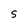
Character: S